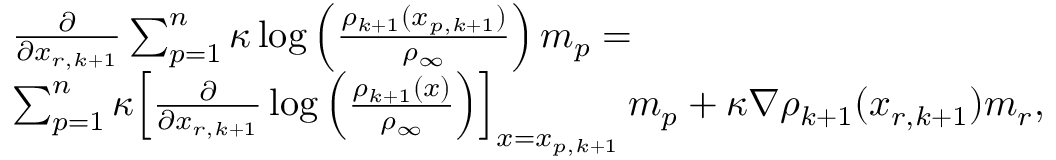
\begin{array} { r l } & { \frac { \partial } { \partial x _ { r , k + 1 } } \sum _ { p = 1 } ^ { n } \kappa \log \Big ( \frac { \rho _ { k + 1 } ( x _ { p , k + 1 } ) } { \rho _ { \infty } } \Big ) \, m _ { p } = } \\ & { \sum _ { p = 1 } ^ { n } \kappa \Big [ \frac { \partial } { \partial x _ { r , k + 1 } } \log \Big ( \frac { \rho _ { k + 1 } ( x ) } { \rho _ { \infty } } \Big ) \Big ] _ { x = x _ { p , k + 1 } } \, m _ { p } + \kappa \nabla \rho _ { k + 1 } ( x _ { r , k + 1 } ) m _ { r } , } \end{array}